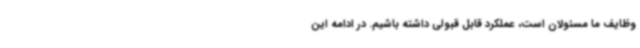
وظایف ما مسئولان است، عملکرد قابل قبولی داشته باشیم. در ادامه این